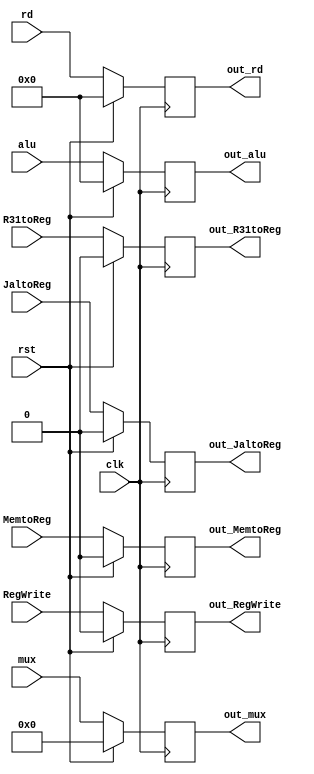
module MEM_WB( MemtoReg, RegWrite, alu, mux, rd, R31toReg, JaltoReg, rst, clk, out_MemtoReg, out_RegWrite, out_alu, out_mux, out_rd, out_R31toReg, out_JaltoReg ) ;
  
  input clk, RegWrite, MemtoReg, rst, R31toReg, JaltoReg ; 
  input [4:0] mux ; 
  input [31:0] alu, rd;

  output reg out_MemtoReg, out_RegWrite, out_R31toReg, out_JaltoReg ;
  output reg [4:0] out_mux ;
  output reg [31:0] out_alu, out_rd;
  
  always @ ( posedge clk ) begin
	if(rst)begin

    out_MemtoReg <= 1'b0 ;
    out_RegWrite <= 1'b0 ;
    out_alu <= 32'b0 ;
    out_mux <= 5'b0 ;
    out_rd <= 32'b0 ;
    out_R31toReg <= 1'b0 ;
    out_JaltoReg <= 1'b0 ;
	
	end
	
	else begin 
	
    out_MemtoReg <= MemtoReg ;
    out_RegWrite <= RegWrite ;
    out_alu <= alu ;
    out_mux <= mux ;
    out_rd <= rd ;
    out_R31toReg <= R31toReg ;
    out_JaltoReg <= JaltoReg ;
    
	end
  end
  
endmodule